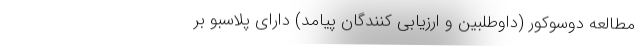
مطالعه دوسوکور (داوطلبین و ارزیابی کنندگان پیامد) دارای پلاسبو بر